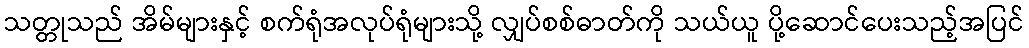
သတ္တုသည် အိမ်များနှင့် စက်ရုံအလုပ်ရုံများသို့ လျှပ်စစ်ဓာတ်ကို သယ်ယူ ပို့ဆောင်ပေးသည့်အပြင်